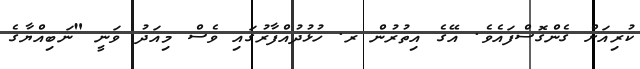
ކުރިއަށް ގެންގޮސްފައެވެ. އޭގެ އިތުރުން ރ. ހުޅުދުއްފާރުގައި ވެސް މިއަދު ވަނީ "ނަބިއްޔާގެ